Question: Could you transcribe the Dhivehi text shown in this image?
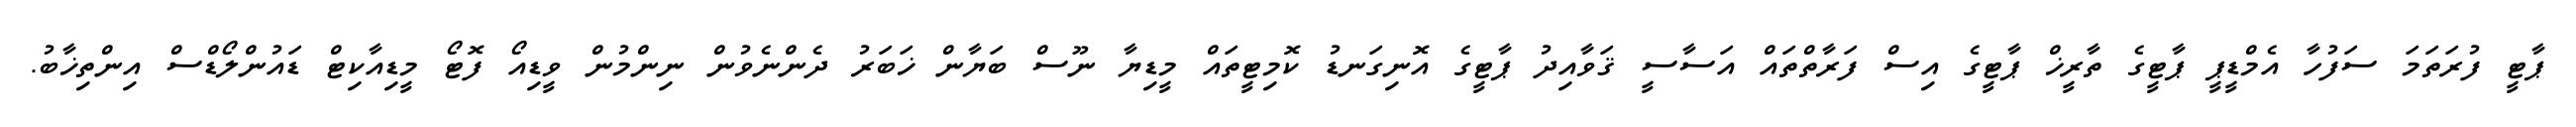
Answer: ޕާޓީ ފުރަތަމަ ސަފުހާ އެމްޑީޕީ ޕާޓީގެ ތާރީޚް ޕާޓީގެ އިސް ފަރާތްތައް އަސާސީ ޤަވާއިދު ޕާޓީގެ އޮނިގަނޑު ކޮމިޓީތައް މީޑިޔާ ނޫސް ބަޔާން ޚަބަރު ދެންނެވުން ނިންމުން ވީޑިއޯ ފޮޓޯ މީޑިއާކިޓް ޑައުންލޯޑްސް އިންތިޚާބު.